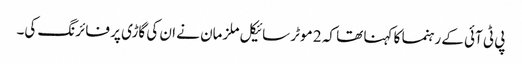
پی ٹی آئی کے رہنما کا کہنا تھا کہ 2 موٹر سائیکل ملزمان نے ان کی گاڑی پر فائرنگ کی۔